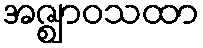
အဇ္ဈာဝသထာ